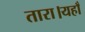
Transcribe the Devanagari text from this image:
तारा।यहाँ